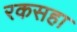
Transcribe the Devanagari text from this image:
रकसहा